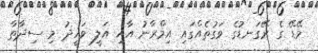
މޭޑޭ ގެ ރޭގަނޑުގެ ވަގުތެއްގައި އިމްރާނު އާއި އަލީ ވަހީދު މި ސިދާތާ